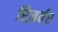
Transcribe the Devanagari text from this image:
रिज़र्वर